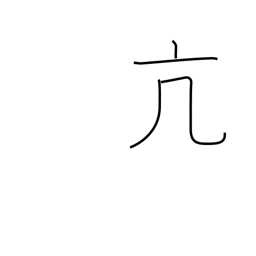
Meaning: high spirits